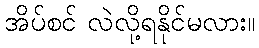
အိပ်စင် လဲလို့ရနိုင်မလား။